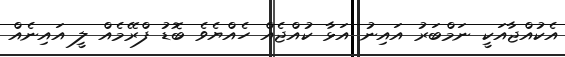
އެކުއްޖާއަކީ ނަމްބަރު އައިނު އަޅާ ކުއްޖެއް ހެއްޔެވެ ބޮޑު ފްރޭމެއް ލީ އައިނެއް